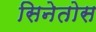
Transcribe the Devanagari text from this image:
सिनेतोस